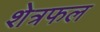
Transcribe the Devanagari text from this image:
शेत्रफल